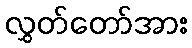
လွှတ်တော်အား